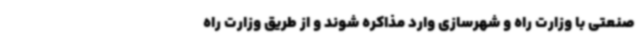
صنعتی با وزارت راه و شهرسازی وارد مذاکره شوند و از طریق وزارت راه